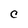
Character: C